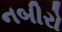
નબીરો